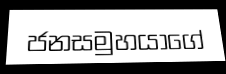
ජනසමුහයාගේ